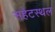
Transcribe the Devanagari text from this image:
सहेटस्थल